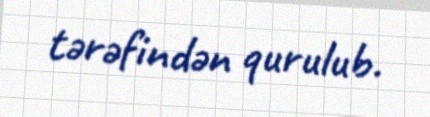
tərəfindən qurulub.